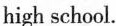
high school.